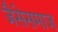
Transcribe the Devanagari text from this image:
जैसेसमाज